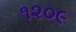
૧૨૦૯